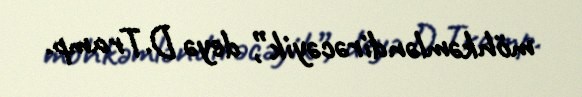
möhkəmləndirəcəyik”, deyə D.Tramp.